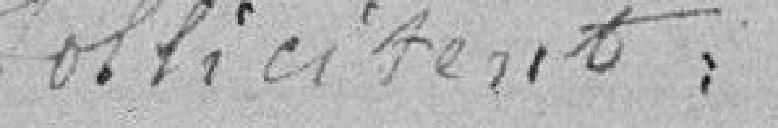
sollicitent :